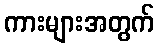
ကားများအတွက်